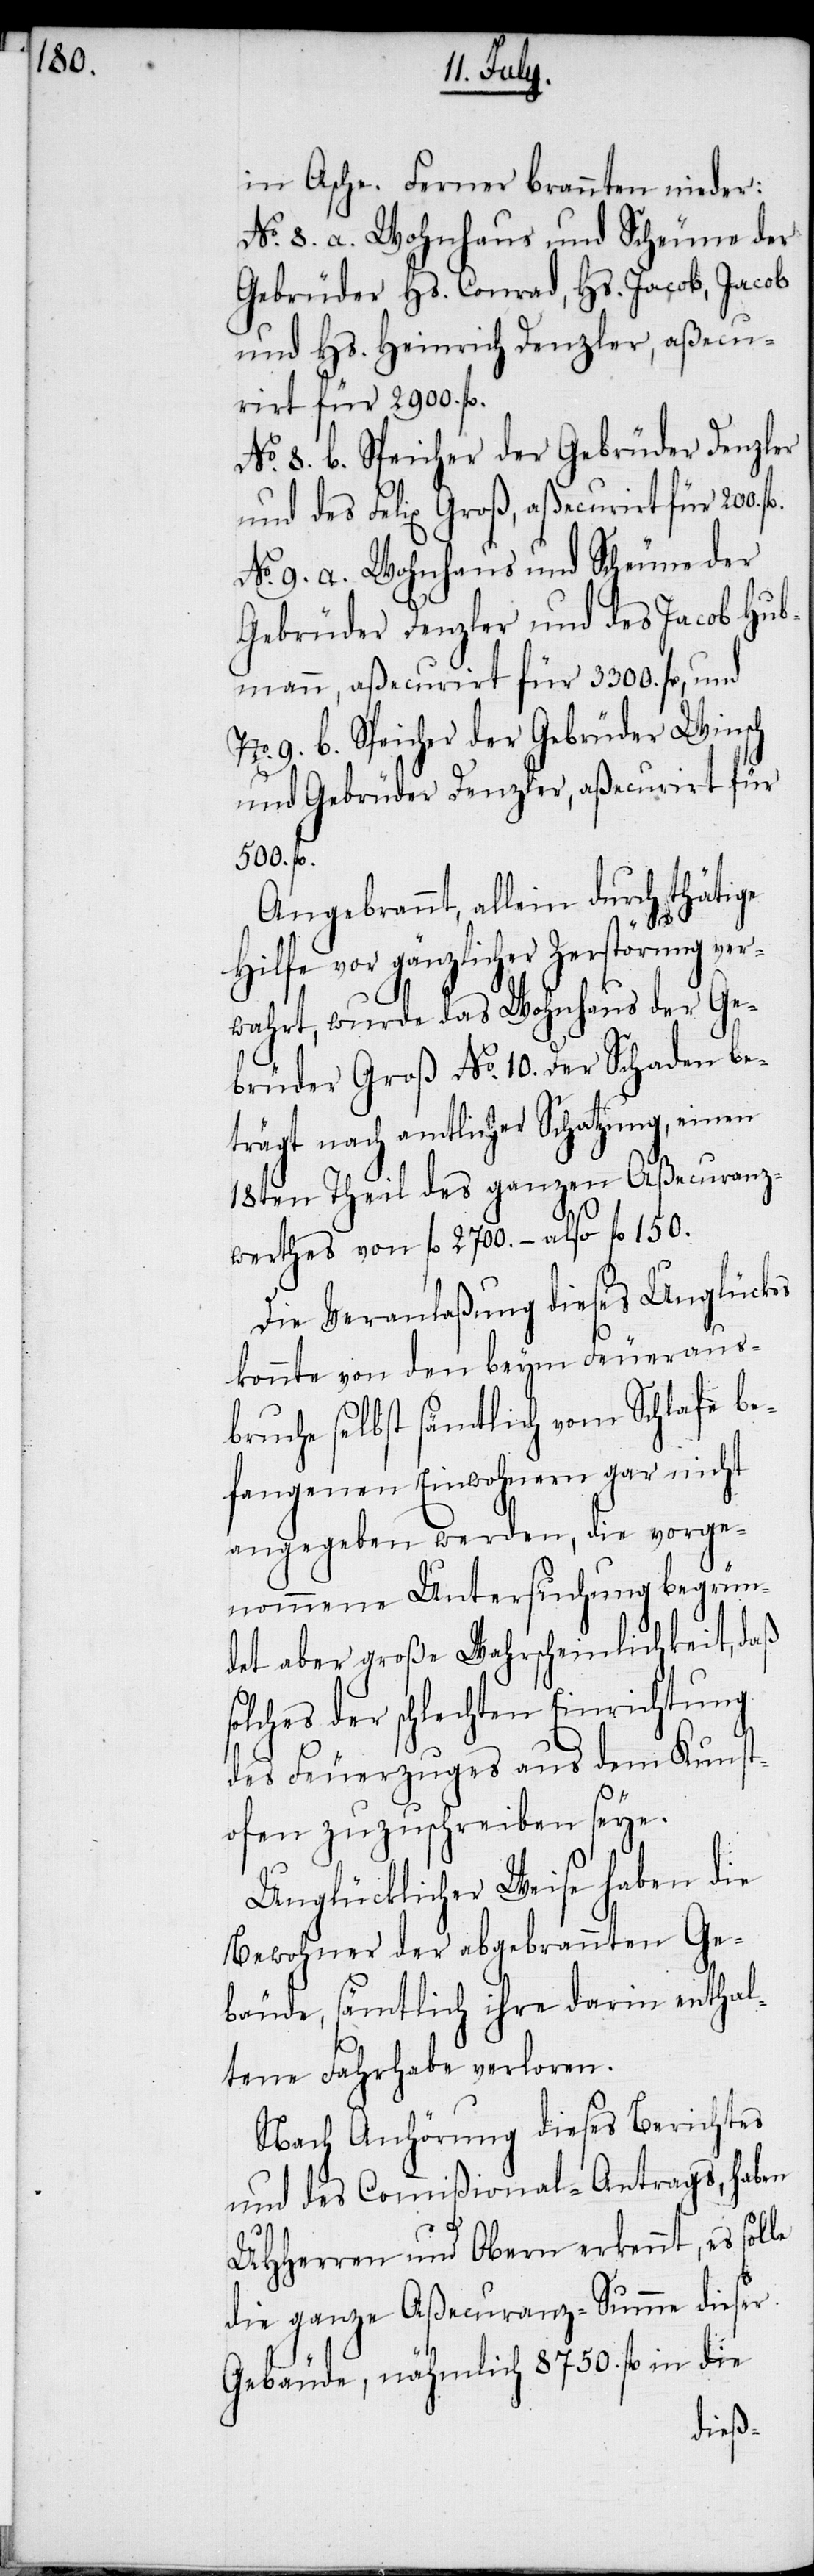
in Asche. Ferner brannten nieder:
No. 8. a. Wohnhaus und Scheune der
Gebrüder Hs. Conrad, Hs. Jacob, Jacob
und Hs. Heinrich Denzler, aßecurirt
No. 8. b. Speicher der Gebrüder Denzler
und des Felix Groß, aßecurirt für 200.
No. 9. a. Wohnhaus und Scheune der
Gebrüder Denzler und des Jacob Hub¬
mann, aßecurirt für 3300. fl, und
No. 9. b. Speicher der Gebrüder Winsch
und Gebrüder Denzler, aßecurirt für
500.
Angebrannt, allein durch thätige
Hilfe vor gänzlicher Zerstörung ver¬
wahrt, wurde das Wohnhaus der Ge¬
brüder Groß No. 10. Der Schaden be¬
trägt nach amtlicher Schatzung, einen
19ten Theil des ganzen Aßecuranz¬
werthes von fl 2700. – also fl 150.
Die Veranlaßung dieses Unglückes
konnte von den beym Feueraus¬
bruche selbst sämtlich vom Schlafe be¬
fangenen Einwohnern gar nicht
angegeben werden, die vorge¬
nommene Untersuchung begrün¬
det aber große Wahrscheinlichkeit, daß
solches der schlechten Einrichtung
des Feuerzuges aus dem Kunst¬
ofen zuzuschreiben seye.
Unglücklicher Weise haben die
Bewohner der abgebrannten Ge¬
bäude, sämtlich ihre darin enthal¬
tene Fahrhabe verloren.
Nach Anhörung dieses Berichtes
und des Commißional-Antrags, haben
UHHerren und Obern erkennt, es solle
die ganze Aßecuranz-Summe dieser
Gebäude, nähmlich 8750. fl in die